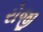
રોજી